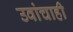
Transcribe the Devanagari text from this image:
उवांचाही